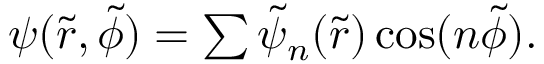
\begin{array} { r } { \psi ( \tilde { r } , \tilde { \phi } ) = \sum \tilde { \psi } _ { n } ( \tilde { r } ) \cos ( n \tilde { \phi } ) . } \end{array}